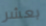
بعشر